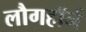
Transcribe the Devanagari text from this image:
लौगहॉर्न